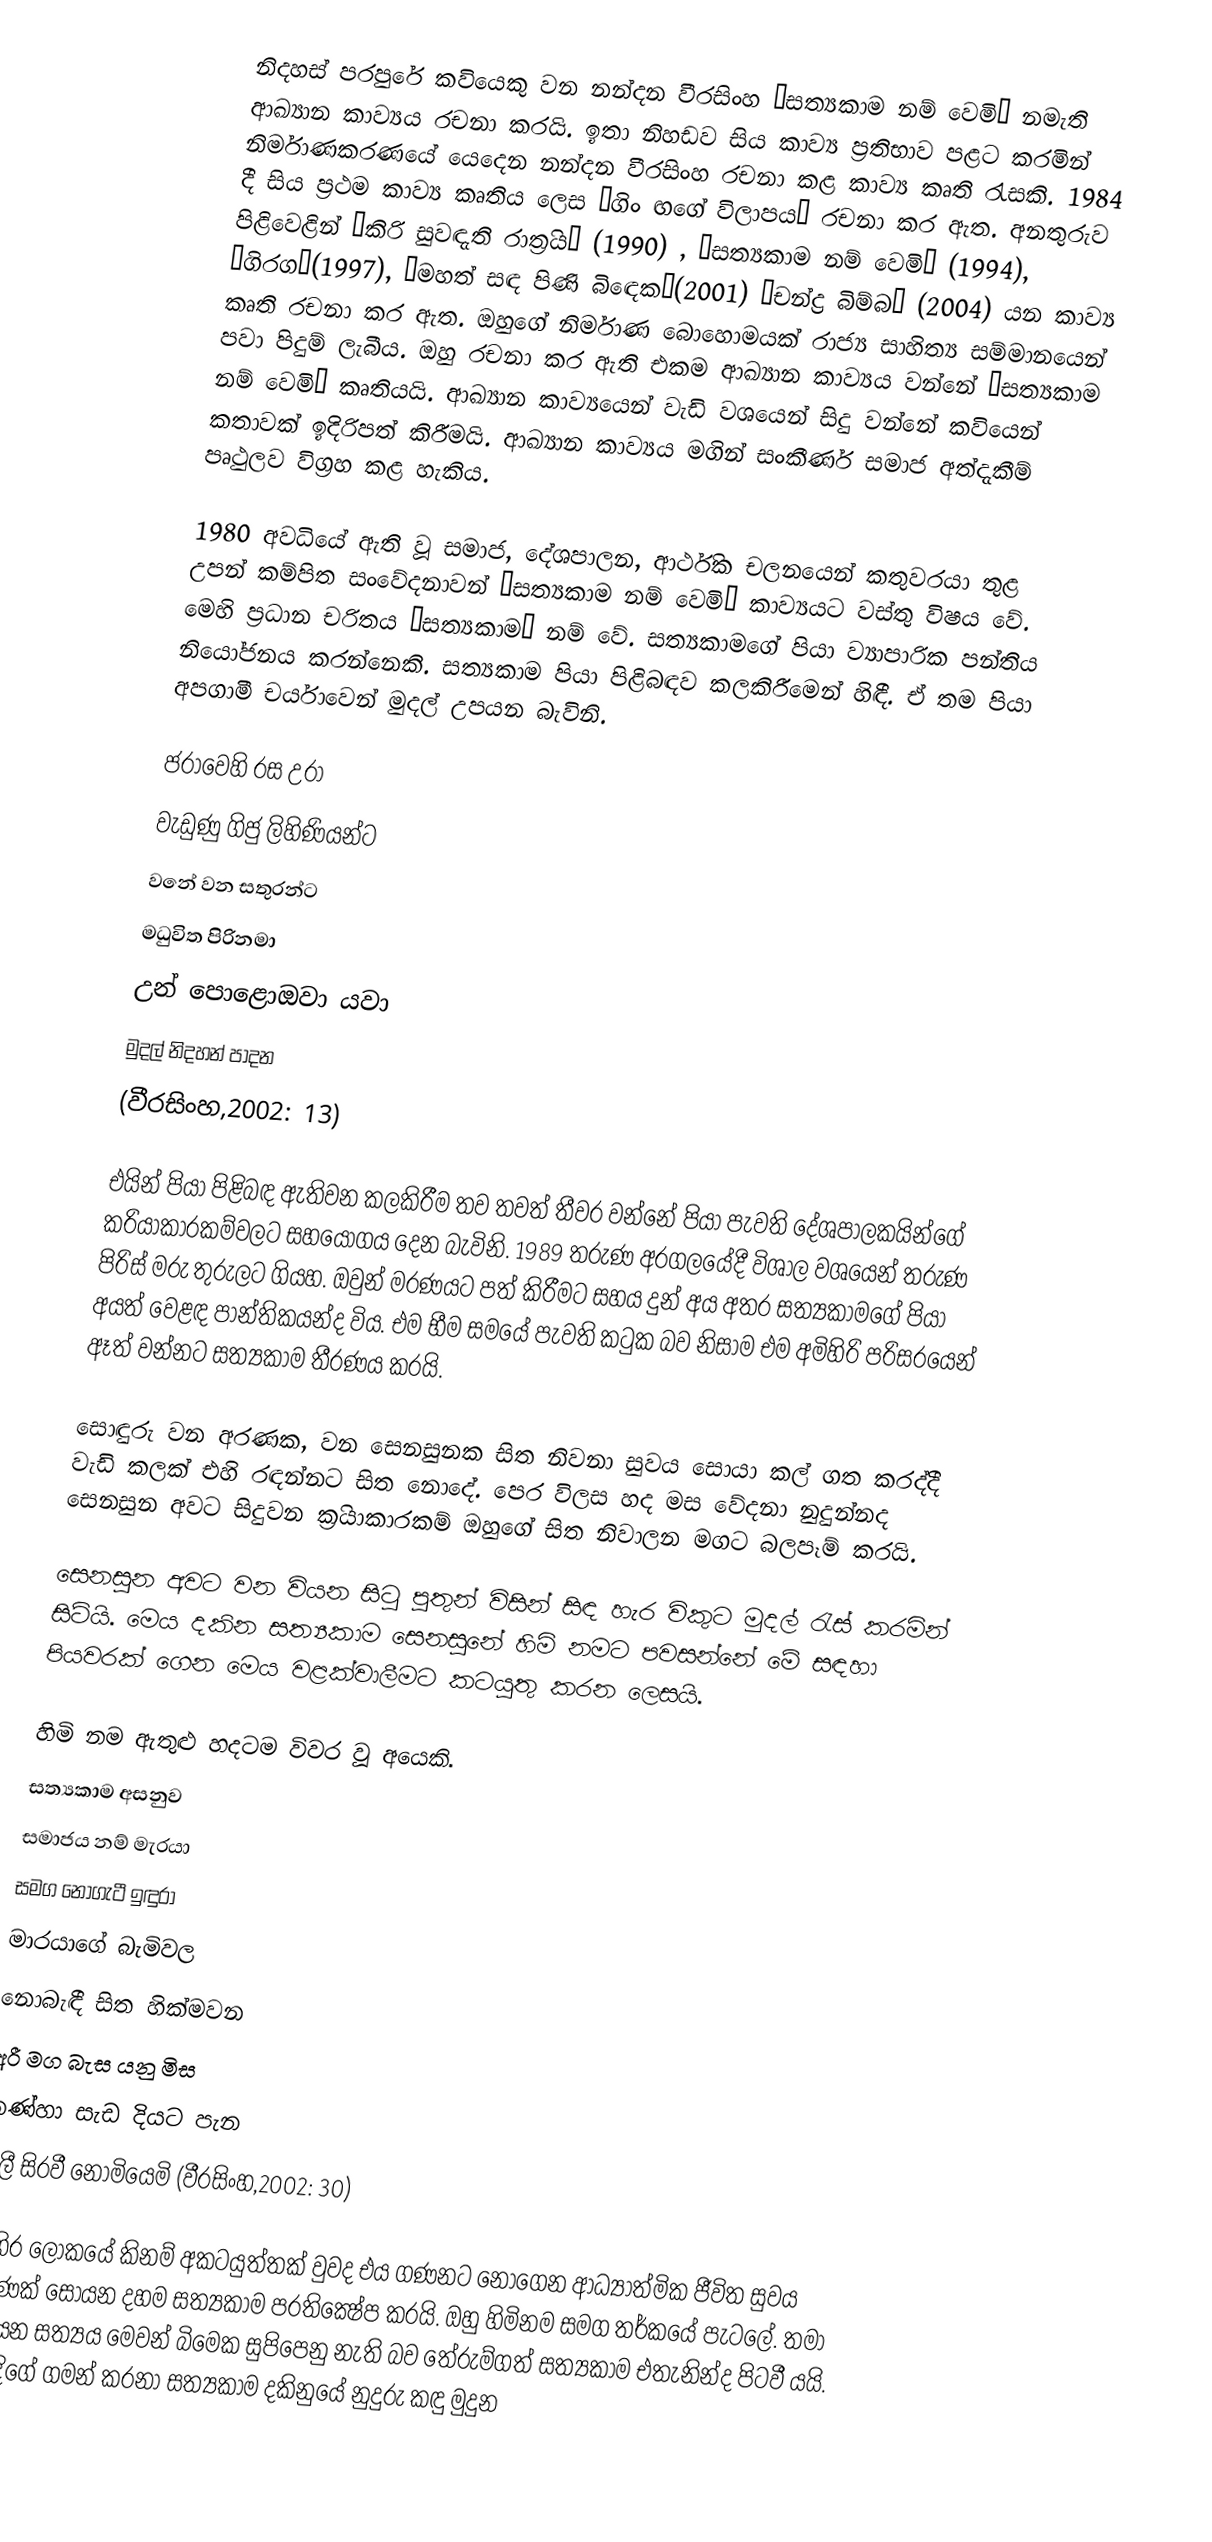
නිදහස් පරපුරේ කවියෙකු වන නන්දන වීරසිංහ ‘සත්‍යකාම නම් වෙමි’ නමැති ආඛ්‍යාන 	කාව්‍යය රචනා කරයි. ඉතා නිහඩව සිය කාව්‍ය ප‍්‍රතිභාව පළට කරමින් නිර්මාණකරණයේ යෙදෙන නන්දන වීරසිංහ රචනා කළ කාව්‍ය කෘති රැසකි. 1984 දී සිය ප‍්‍රථම කාව්‍ය කෘතිය ලෙස ‘ගිං ඟගේ විලාපය’ රචනා කර ඇත. අනතුරුව පිළිවෙළින් ‘කිරි සුවඳැති රාත‍්‍රිය’ (1990) , ‘සත්‍යකාම නම් වෙමි’ (1994), ‘ගිරග’(1997), ‘මහත් සඳ පිණි බිඳෙක’(2001) ‘චන්ද්‍ර බිම්බ’ (2004) යන කාව්‍ය කෘති රචනා කර ඇත. ඔහුගේ නිර්මාණ බොහොමයක් රාජ්‍ය සාහිත්‍ය සම්මානයෙන් පවා පිදුම් ලැබීය. ඔහු රචනා කර ඇති එකම ආඛ්‍යාන කාව්‍යය වන්නේ  ‘සත්‍යකාම නම් වෙමි’ කෘතියයි. ආඛ්‍යාන කාව්‍යයෙන් වැඩි වශයෙන් සිදු වන්නේ කවියෙන් කතාවක් ඉදිරිපත් කිරීමයි. ආඛ්‍යාන කාව්‍යය මගින් සංකීර්ණ සමාජ අත්දැකීම් පෘථුලව විග‍්‍රහ කළ හැකිය.

1980 අවධියේ ඇති වූ සමාජ, දේශපාලන, ආර්ථික චලනයෙන් කතුවරයා තුළ උපන් කම්පිත සංවේදනාවන් ‘සත්‍යකාම නම් වෙමි’ කාව්‍යයට වස්තු විෂය වේ. මෙහි ප‍්‍රධාන චරිතය ‘සත්‍යකාම’ නම් වේ. සත්‍යකාමගේ පියා ව්‍යාපාරික පන්තිය නියෝජනය කරන්නෙකි. සත්‍යකාම පියා පිළිබඳව කලකිරීමෙන් හිඳී. ඒ තම පියා අපගාමී චර්යාවෙන් මුදල් උපයන බැවිනි.

ජරාවෙහි  රස උරා
වැඩුණු ගිජු ලිහිණියන්ට
වනේ වන සතුරන්ට
මධුවිත පිරිනමා
උන් පොළොඔවා යවා
මුදල් නිදහන් පාදන
(වීරසිංහ,2002: 13)

එයින් පියා පිළිබඳ ඇතිවන කලකිරීම තව තවත් තීව‍්‍ර වන්නේ පියා පැවති දේශපාලකයින්ගේ ක‍්‍රියාකාරකම්වලට සහයෝගය දෙන බැවිනි. 1989 තරුණ අරගලයේදී විශාල වශයෙන් තරුණ පිරිස් මරු තුරුලට ගියහ. ඔවුන් මරණයට පත් කිරීමට සහය දුන් අය අතර සත්‍යකාමගේ පියා අයත් වෙළඳ පාන්තිකයන්ද විය. එම භීම සමයේ පැවති කටුක බව නිසාම එම අමිහිරි පරිසරයෙන් ඈත් වන්නට සත්‍යකාම තීරණය කරයි.

සොඳුරු වන අරණක, වන සෙනසුනක සිත නිවනා සුවය සොයා කල් ගත කරද්දී වැඩි කලක් එහි රඳන්නට සිත නොදේ. පෙර විලස හද මස වේදනා නුදුන්නද සෙනසුන අවට සිදුවන ක‍්‍රියාකාරකම් ඔහුගේ සිත නිවාලන මගට බලපෑම් කරයි.

සෙනසුන අවට වන වියන සිටු පුතුන් විසින් සිඳ හැර විකුට මුදල් රැස් කරමින් සිටියි. මෙය දකින සත්‍යකාම සෙනසුනේ හිමි නමට පවසන්නේ මේ සඳහා පියවරක් ගෙන මෙය වළක්වාලීමට කටයුතු කරන ලෙසයි.

හිමි නම ඇතුළු හදටම විවර වූ අයෙකි.
සත්‍යකාම අසනුව
සමාජය නම් මැරයා
සමග නොගැටී ඉඳුරා
මාරයාගේ බැමිවල
නොබැඳී සිත හික්මවන
අරී මග බැස යනු මිස
තණ්හා සැඩ දියට පැන
ගිලී සිරවී නොමියෙමි         (වීරසිංහ,2002: 30)

බාහිර ලෝකයේ කිනම් අකටයුත්තක් වුවද එය ගණනට නොගෙන ආධ්‍යාත්මික ජීවිත සුවය පමණක් සොයන දහම සත්‍යකාම ප‍්‍රතික්‍ෂේප කරයි. ඔහු හිමිනම සමග තර්කයේ පැටලේ. තමා සොයන සත්‍යය මෙවන් බිමෙක සුපිපෙනු නැති බව තේරුම්ගත් සත්‍යකාම එතැනින්ද පිටවී යයි. මග දිගේ ගමන් කරනා සත්‍යකාම දකිනුයේ නුදුරු කඳු මුදුන